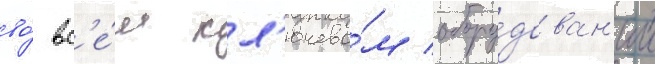
во́ вс'е́м кл'ючево́м обору́дован'ии